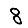
Digit: 8